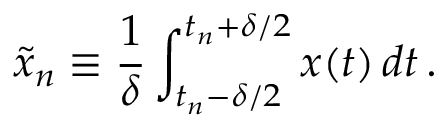
\tilde { x } _ { n } \equiv \frac { 1 } { \delta } \int _ { t _ { n } - \delta / 2 } ^ { t _ { n } + \delta / 2 } x ( t ) \, d t \, .